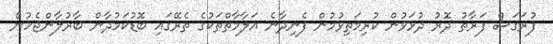
ފުރަގަސް ފަރާތު ދޮރު ދުޅަވުން ކުރިމަތިވުމުން ފެނިދާނެ އަލާމާތްތަކުގެ ތެރޭގައި ބޮޑުކަމުދާން ބާރުލާންޖެހުން